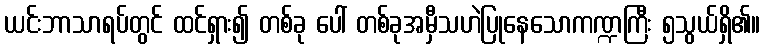
ယင်းဘာသာရပ်တွင် ထင်ရှား၍ တစ်ခု ပေါ် တစ်ခုအမှီသဟဲပြုနေသောကဏ္ဍကြီး ၅သွယ်ရှိ၏။